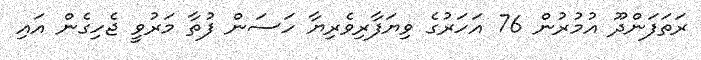
ރަތަފަންދޫ އުމުރުން 76 އަހަރުގެ ވިޔަފާރިވެރިޔާ ހަސަން ފުތާ މަރުވީ ޖެހިގެން އައި